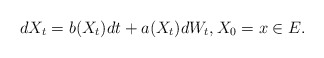
\begin{align*} dX_t = b(X_t) dt + a(X_t) dW_t, X_0=x\in E.\end{align*}